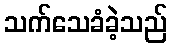
သက်သေခံခဲ့သည်